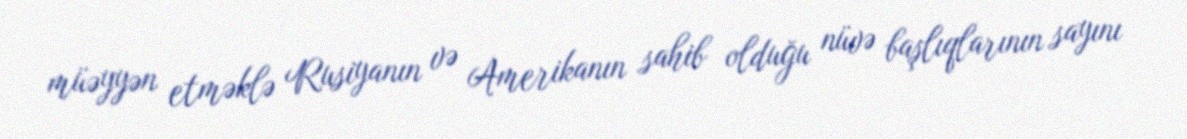
müəyyən etməklə Rusiyanın və Amerikanın sahib olduğu nüvə başlıqlarının sayını